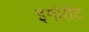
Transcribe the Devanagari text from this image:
इगोरोट